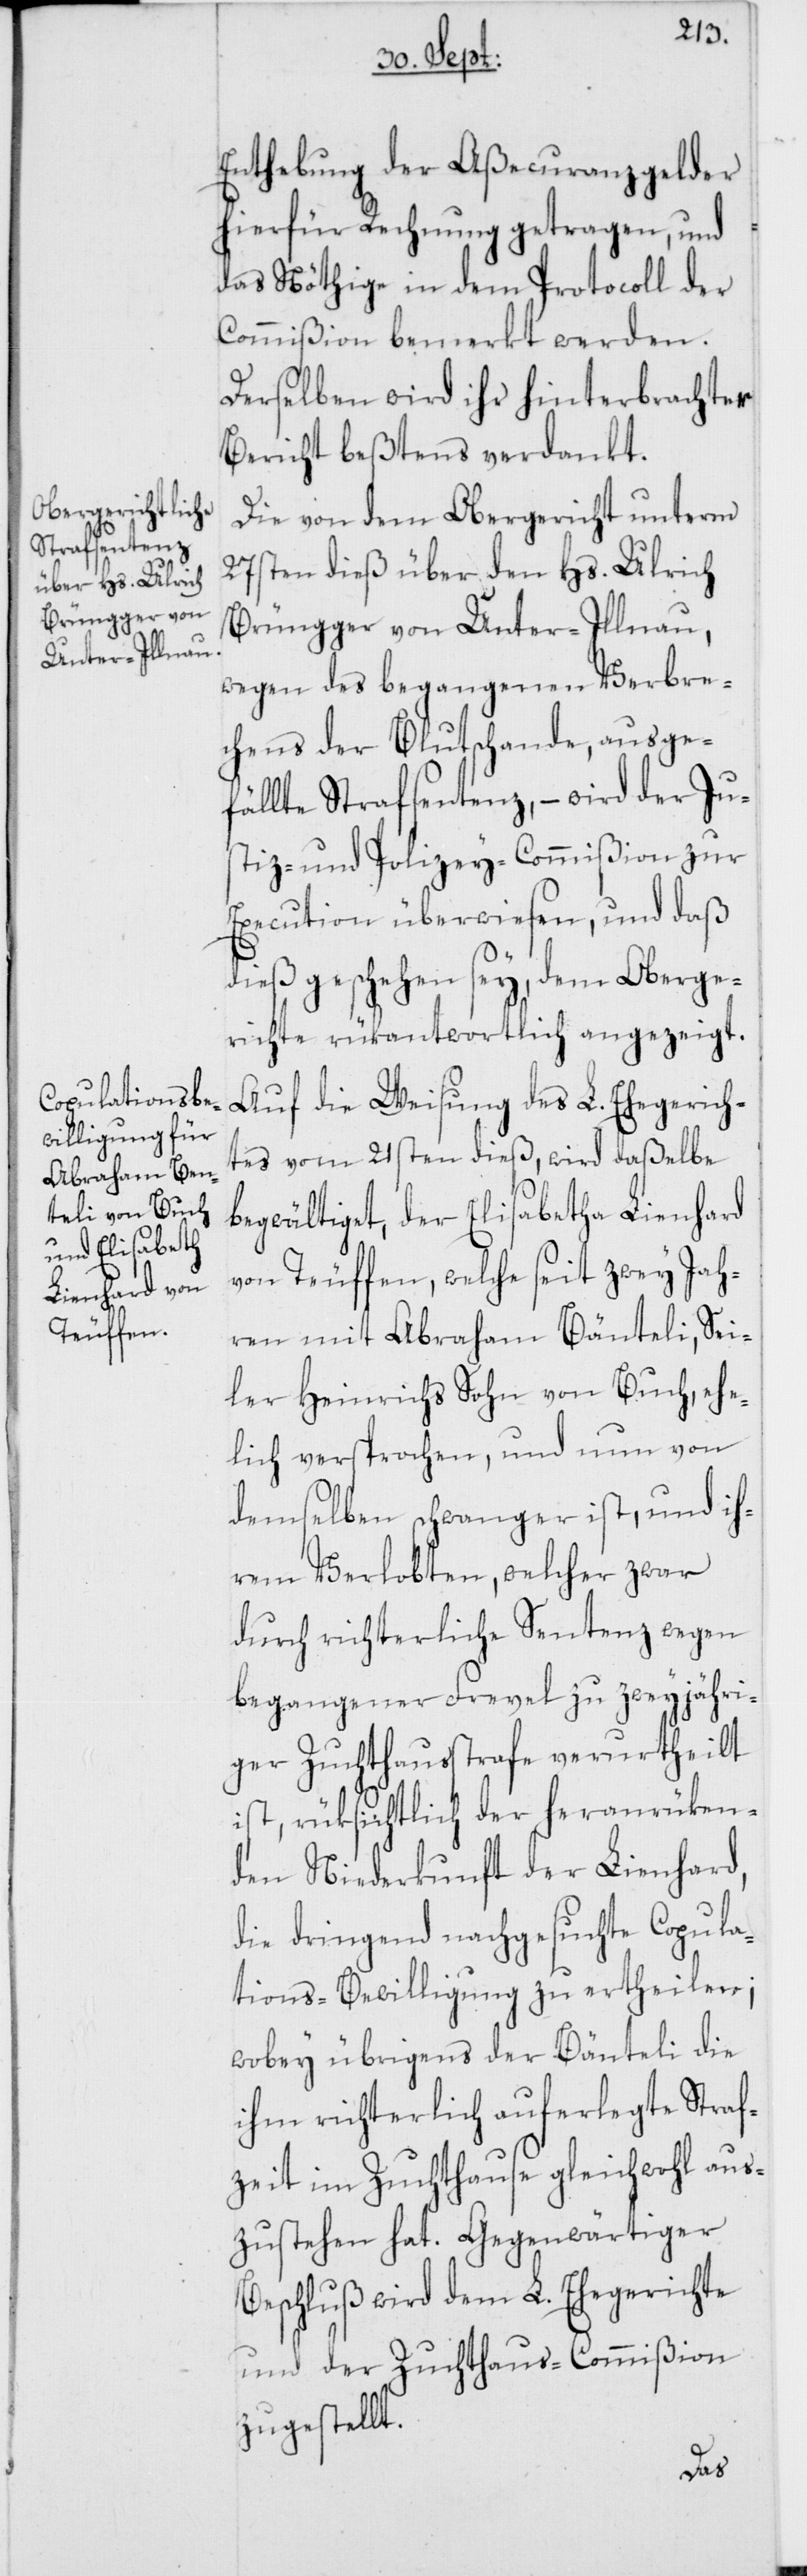
c!], Sei¬
Enthebung der Aßecuranzgelder
hierfür Rechnung getragen, und
das Nöthige in dem Protocoll der
Commißion bemerkt werden.
Derselben wird ihr hinterbrachter
Bericht beßtens verdankt.
Die von dem Obergericht unterm
27sten dieß über den Hs. Ulrich
Brüngger von Unter-Illnau,
wegen des begangenen Verbre¬
chens der Blutschande, ausge¬
fällte Strafsentenz, – wird der Ju¬
stiz- und Polizey-Commißion zur
Execution überwiesen, und daß
dieß geschehen sey, dem Oberge¬
richte rükantwortlich angezeigt.
Auf die Weisung des L. Ehegerich¬
tes vom 21sten dieß, wird daßelbe
begwältiget, der Elisabetha [sic!]
von Teuffen, welche seit zwey Jah¬
ren mit Abraham Bänteli [si¬
ler Heinrichs Sohn von Buch, ehe¬
lich versprochen, und nun von
demselben schwanger ist, und ih¬
ren Verlobten, welcher zwar
durch richterliche Sentenz wegen
begangener Frevel zu zweyjähri¬
ger Zuchthausstrafe verurtheilt
ist, rüksichtlich der heranrüken¬
den Niederkunft der Lienhard,
die dringend nachgesuchte Copula¬
tions-Bewilligung zu ertheilen;
wobey übrigens der Bänteli die
ihm richterlich auferlegte Straf¬
zeit im Zuchthause gleichwohl aus¬
zustehen hat. Gegenwärtiger
Beschluß wird dem L. Ehegerichte
und der Zuchthaus-Commißion
zugestellt.